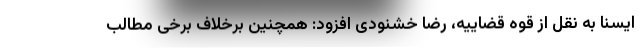
ایسنا به نقل از قوه قضاییه، رضا خشنودی افزود: همچنین برخلاف برخی مطالب